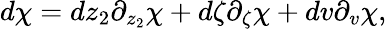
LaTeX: d\chi=dz_{2}\partial_{z_{2}}\chi+d\zeta\partial_{\zeta}\chi+dv\partial_{v}\chi,